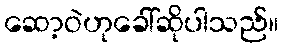
ဆော့ဝဲဟုခေါ်ဆိုပါသည်။